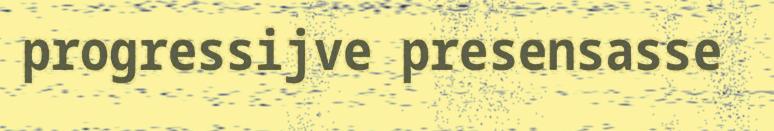
progressijve presensasse